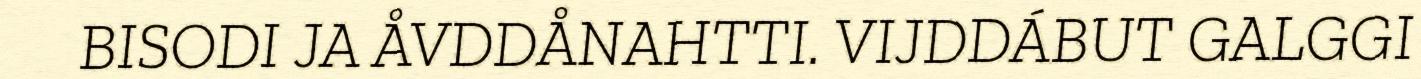
BISODI JA ÅVDDÅNAHTTI. VIJDDÁBUT GALGGI